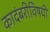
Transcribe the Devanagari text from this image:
कादंबरीविषयी